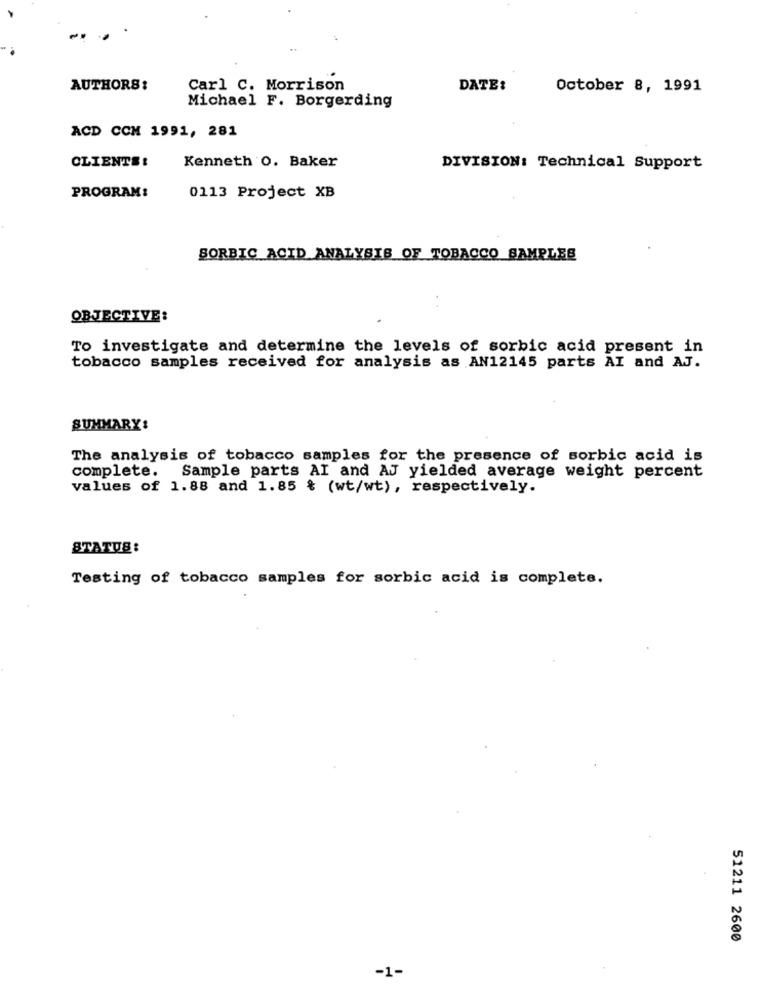
AUTHORS:
Carl C. Morrison
DATE:
October 8, 1991
Michael F. Borgerding
ACD CCM 1991, 281
CLIENTS!
Kenneth O. Baker
DIVISION: Technical Support
0113 Project XB
PROGRAM:
SORBIC ACID ANALYSIS OF TOBACCO SAMPLES
OBJECTIVE:
To investigate and determine the levels of sorbic acid present in
tobacco samples received for analysis as AN12145 parts AI and AJ.
SUMMARY:
The analysis of tobacco samples for the presence of sorbic acid is
complete. Sample parts AI and AJ yielded average weight percent
values of 1.88 and 1.85 % (wt/wt), respectively.
STATUS :
Testing of tobacco samples for sorbic acid is complete.
51211 2600
-1-